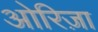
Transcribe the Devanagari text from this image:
ओरिज़ा